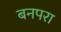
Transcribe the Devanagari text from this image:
बनपरा